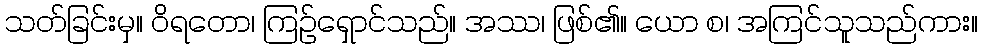
သတ်ခြင်းမှ။ ဝိရတော၊ ကြဉ်ရှောင်သည်။ အဿ၊ ဖြစ်၏။ ယော စ၊ အကြင်သူသည်ကား။